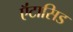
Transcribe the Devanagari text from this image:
ऍंटासिड